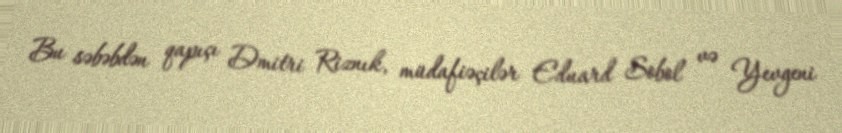
Bu səbəbdən qapıçı Dmitri Riznık, müdafiəçilər Eduard Sobol və Yevgeni